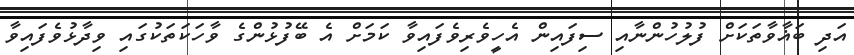
އަދި ބަޣާވާތަކަށް ފުލުހުންނާއި ސިފައިން އެހީވެރިވެފައިވާ ކަމަށް އެ ބޭފުޅުންގެ ވާހަކަތަކުގައި ވިދާޅުވެފައިވާ